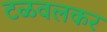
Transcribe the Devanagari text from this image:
टळवलकर